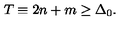
T \equiv 2 n + m \geq \Delta _ { 0 } .